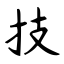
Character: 技